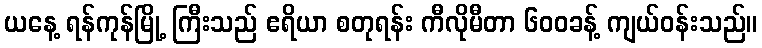
ယနေ့ ရန်ကုန်မြို့ ကြီးသည် ဧရိယာ စတုရန်း ကီလိုမီတာ ၆၀၀ခန့် ကျယ်ဝန်းသည်။